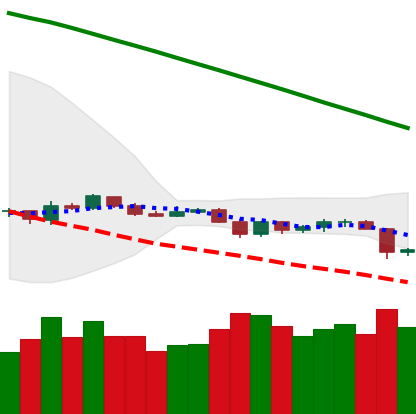
Ticker: LTC-USD
Chart end date: 2019-10-24
Forward return: 19.577%
Label: up_7plus